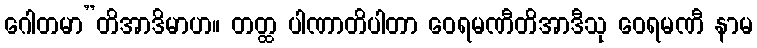
ဂေါတမာ”တိအာဒိမာဟ။ တတ္ထ ပါဏာတိပါတာ ဝေရမဏီတိအာဒီသု ဝေရမဏီ နာမ